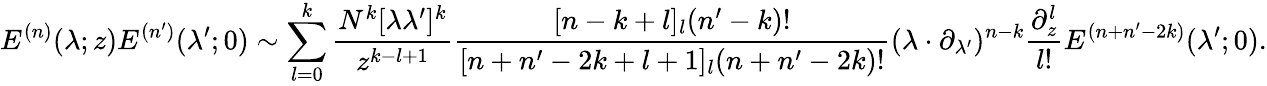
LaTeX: E^{(n)}(\lambda;z)E^{(n^{\prime})}(\lambda^{\prime};0)\sim\sum_{l=0}^{k}\frac{N^{k}[\lambda\lambda^{\prime}]^{k}}{z^{k-l+1}}\frac{[n-k+l]_{l}(n^{\prime}-k)!}{[n+n^{\prime}-2k+l+1]_{l}(n+n^{\prime}-2k)!}(\lambda\cdot\partial_{\lambda^{\prime}})^{n-k}\frac{\partial_{z}^{l}}{l!}E^{(n+n^{\prime}-2k)}(\lambda^{\prime};0).